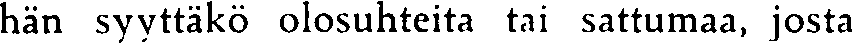
hän syyttäkö olosuhteita tai sattumaa, josta